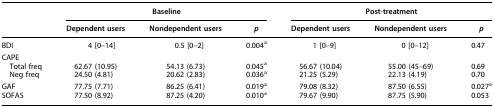
<table><thead><tr><td><b> </b></td><td colspan="3"><b>Baseline</b></td><td colspan="3"><b>Post-treatment</b></td></tr><tr><td><b> </b></td><td><b>Dependent users</b></td><td><b>Nondependent users</b></td><td><b><i>p</i></b></td><td><b>Dependent users</b></td><td><b>Nondependent users</b></td><td><b><i>p</i></b></td></tr></thead><tbody><tr><td>BDI</td><td>4 [0–14]</td><td>0.5 [0–2]</td><td>0.004<sup>a</sup></td><td>1 [0–9]</td><td>0 [0–12]</td><td>0.47</td></tr><tr><td colspan="7">CAPE</td></tr><tr><td> Total freq</td><td>62.67 (10.95)</td><td>54.13 (6.73)</td><td>0.045<sup>a</sup></td><td>56.67 (10.04)</td><td>55.00 (45–69)</td><td>0.69</td></tr><tr><td> Neg freq</td><td>24.50 (4.81)</td><td>20.62 (2.83)</td><td>0.036<sup>a</sup></td><td>21.25 (5.29)</td><td>22.13 (4.19)</td><td>0.70</td></tr><tr><td>GAF</td><td>77.75 (7.71)</td><td>86.25 (6.41)</td><td>0.019<sup>a</sup></td><td>79.08 (8.32)</td><td>87.50 (6.55)</td><td>0.027<sup>a</sup></td></tr><tr><td>SOFAS</td><td>77.50 (8.92)</td><td>87.25 (4.20)</td><td>0.010<sup>a</sup></td><td>79.67 (9.90)</td><td>87.75 (5.90)</td><td>0.053</td></tr></tbody></table>